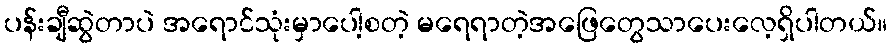
ပန်းချီဆွဲတာပဲ အရောင်သုံးမှာပေါ့စတဲ့ မရေရာတဲ့အဖြေတွေသာပေးလေ့ရှိပါတယ်။